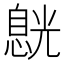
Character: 𠒸